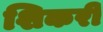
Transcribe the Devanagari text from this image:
शिकरी